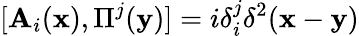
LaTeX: [\mathbf{A}_{i}({\mathbf{x}}),\Pi^{j}({\mathbf{y}})]=i\delta_{i}^{j}\delta^{2}({\mathbf{x}}-{\mathbf{y}})